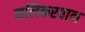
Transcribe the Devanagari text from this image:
मलिकरवान